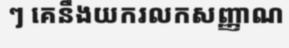
ៗ គេនឹងយករលកសញ្ញាណ